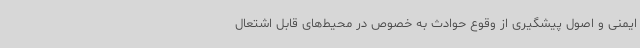
ایمنی و اصول پیشگیری از وقوع حوادث به خصوص در محیط‌های قابل اشتعال